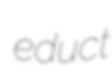
educt